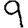
Digit: 9